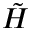
\tilde { H }